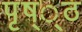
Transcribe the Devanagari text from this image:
पृष््ठ